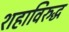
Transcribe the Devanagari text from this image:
शहाविरुद्ध